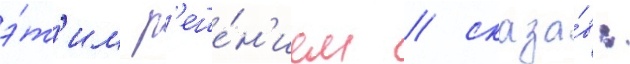
э́т'им р'еше́н'ием / сказа́в: